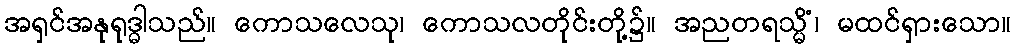
အရှင်အနုရုဒ္ဓါသည်။ ကောသလေသု၊ ကောသလတိုင်းတို့၌။ အညတရသ္မိံ၊ မထင်ရှားသော။